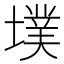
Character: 墣